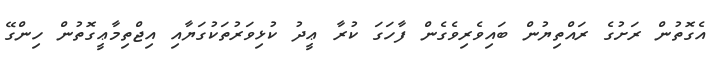
އެގޮތުން ރަށުގެ ރައްތިޔުން ބައިވެރިވެގެން ފާހަގަ ކުރާ ޢީދު ކުޅިވަރުތަކުގަޔާއި އިޖްތިމާޢީގޮތުން ހިންގޭ